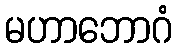
မဟာဘောဂံ